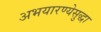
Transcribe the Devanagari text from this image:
अभयारण्येसुद्धा